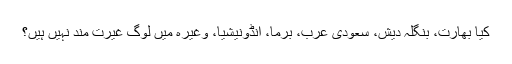
کیا بھارت، بنگلہ دیش، سعودی عرب، برما، انڈونیشیا، وغیرہ میں لوگ غیرت مند نہیں ہیں؟